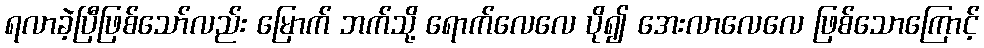
ရလာခဲ့ပြီဖြစ်သော်လည်း မြောက် ဘက်သို့ ရောက်လေလေ ပို၍ အေးလာလေလေ ဖြစ်သောကြောင့်